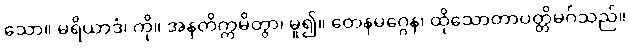
သော။ မရိယာဒံ၊ ကို။ အနတိက္ကမိတွာ၊ မူ၍။ တေနမဂ္ဂေန၊ ထိုသောတာပတ္တိမဂ်သည်။